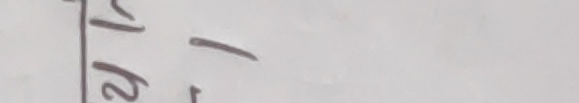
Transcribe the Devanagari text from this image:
२ १ - २